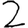
Digit: 2